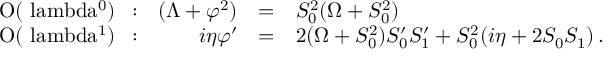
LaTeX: \begin{array} { l r c l } { { \mathrm { ~ { \cal ~ O } ( \ l a m b d a ^ { 0 } ) ~ \, : } } } & { { ( \Lambda + \varphi ^ { 2 } ) } } & { { = } } & { { S _ { 0 } ^ { 2 } ( \Omega + S _ { 0 } ^ { 2 } ) } } \\ { { \mathrm { ~ { \cal ~ O } ( \ l a m b d a ^ { 1 } ) ~ \, : } } } & { { i \eta \varphi ^ { \prime } } } & { { = } } & { { 2 ( \Omega + S _ { 0 } ^ { 2 } ) S _ { 0 } ^ { \prime } S _ { 1 } ^ { \prime } + S _ { 0 } ^ { 2 } ( i \eta + 2 S _ { 0 } S _ { 1 } ) \, . } } \end{array}